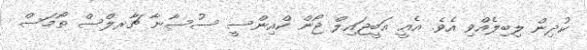
ކުދިން ލިބިލެއްވި އެވެ. އެއީ އަބީޖައިލް ޖޯން ކްއިންސީ ސުސާނާ ޗާރލްސް ތޯމަސް